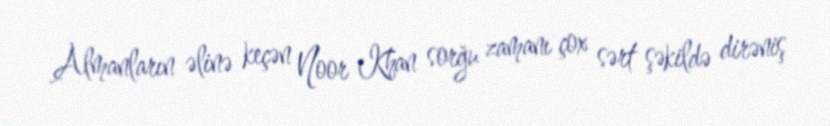
Almanların əlinə keçən Noor Khan sorğu zamanı çox sərt şəkildə dirəniş